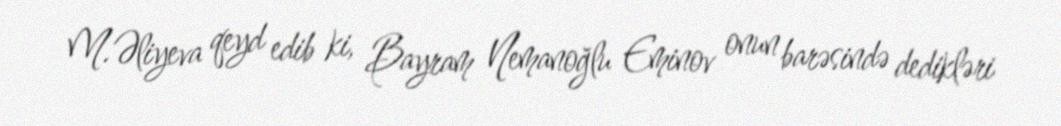
M.Əliyeva qeyd edib ki, Bayram Nemanoğlu Eminov onun barəsində dedikləri